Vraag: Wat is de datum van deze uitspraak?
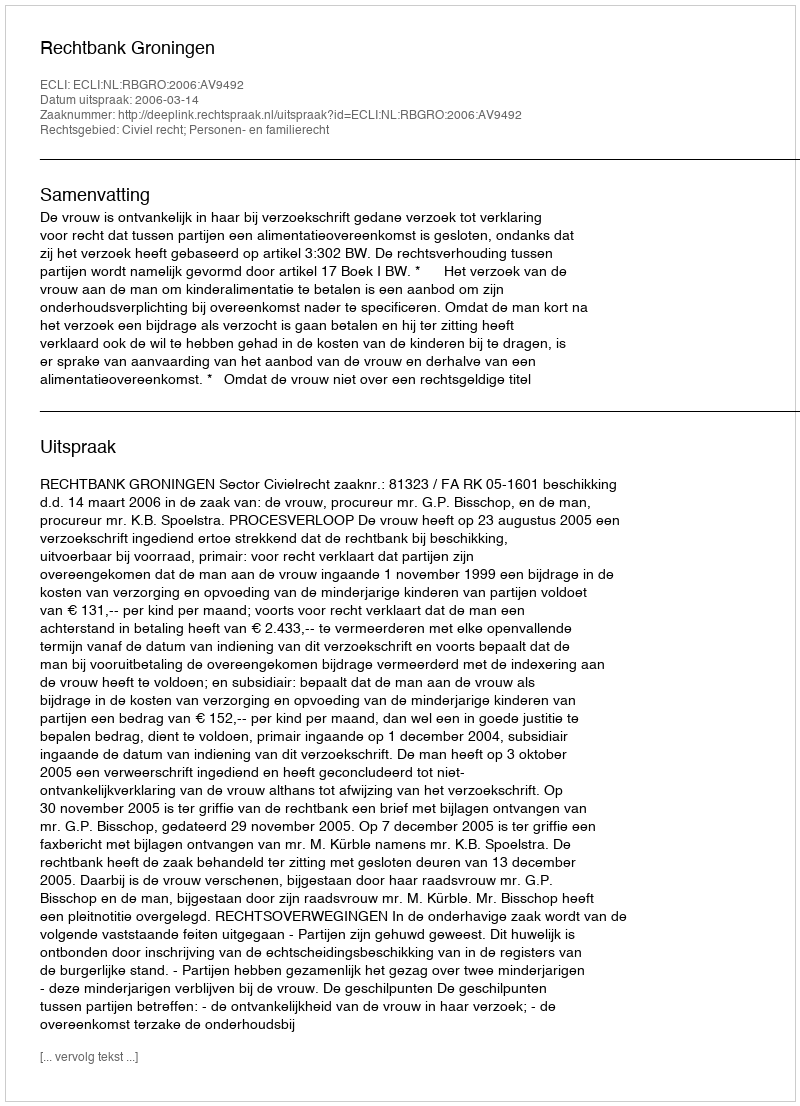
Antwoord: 2006-03-14